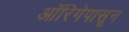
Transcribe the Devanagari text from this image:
ऑरिगेपासून